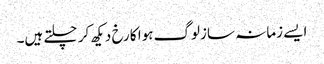
ایسے زمانہ سازلوگ ہوا کا رخ دیکھ کر چلتے ہیں۔